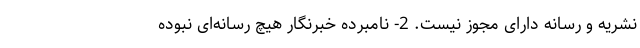
نشریه و رسانه دارای مجوز نیست. 2- نامبرده خبرنگار هیچ رسانه‌ای نبوده